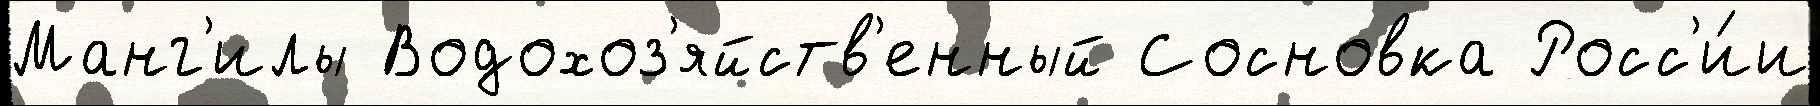
Манг'илы Водохоз'яйств'енный Сосновка Росс'и́и